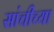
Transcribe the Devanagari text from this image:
सांचीच्या